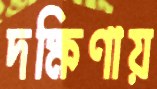
দক্ষিণায়